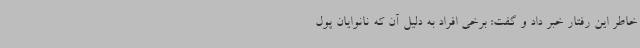
خاطر این رفتار خبر داد و گفت: برخی افراد به دلیل آن که نانوایان پول